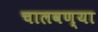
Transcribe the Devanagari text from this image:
चालवण्या